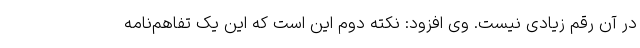
در آن رقم زیادی نیست. وی افزود: نکته دوم این است که این یک تفاهم‌نامه